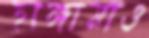
হাঙ্গামাও